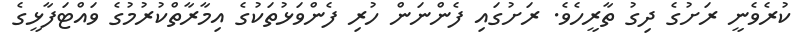
ކުރެވެނީ ރަށުގެ ދިގު ތާރީހެވެ. ރަށުގައި ފެންނަން ހުރި ފެންވަޅުތަކުގެ އިމާރާތްކުރުމުގެ ވައްޓަފާޅީގެ